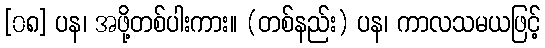
[၀၈] ပန၊ အဖို့တစ်ပါးကား။ (တစ်နည်း) ပန၊ ကာလသမယဖြင့်